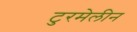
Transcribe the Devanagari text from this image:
टुरमेलीन